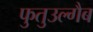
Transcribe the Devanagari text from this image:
फुतुउल्गैब